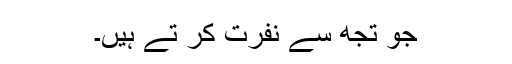
جو تُجھ سے نفرت کر تے ہیں۔